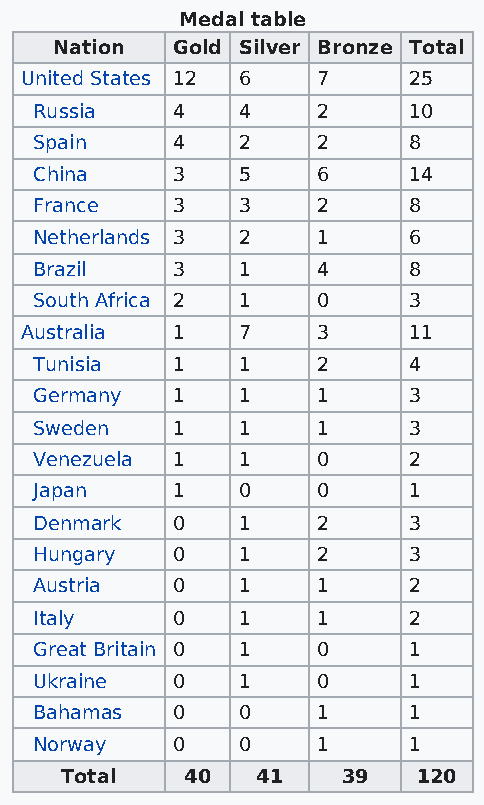
Medal table
 Nation  Gold Silver Bronze Total
 United States 12 6  7     25
 Russia   4    4    2     10
 Spain    4    2    2     8
 China    3    5    6     14
 France   3    3    2     8
 Netherlands 3 2    1     6
 Brazil   3    1    4     8
 South Africa 2 1   0     3
 Australia 1    7    3     11
 Tunisia  1    1    2     4
 Germany  1    1    1     3
 Sweden   1    1    1     3
 Venezuela 1   1    0     2
 Japan    1    0    0     1
 Denmark  0    1    2     3
 Hungary  0    1    2     3
 Austria  0    1    1     2
 Italy    0    1    1     2
 Great Britain 0 1  0     1
 Ukraine  0    1    0     1
 Bahamas  0    0    1     1
 Norway   0    0    1     1
 Total   40   41    39   120